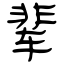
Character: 辈